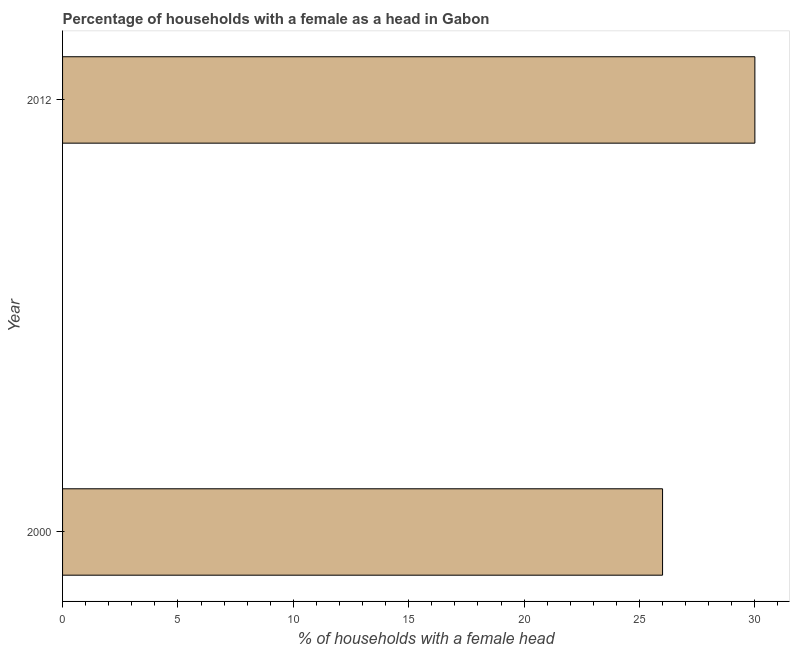
| Year | Female headed households |
 | --- | --- |
 | 2000 | 26 |
 | 2012 | 30 |